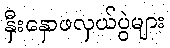
နှီးနှောဖလှယ်ပွဲများ